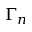
\Gamma _ { n }